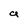
Character: a